Lunatic asylums in Bengal annual reports 1912-1924 - 1912-1924
Year: 1912
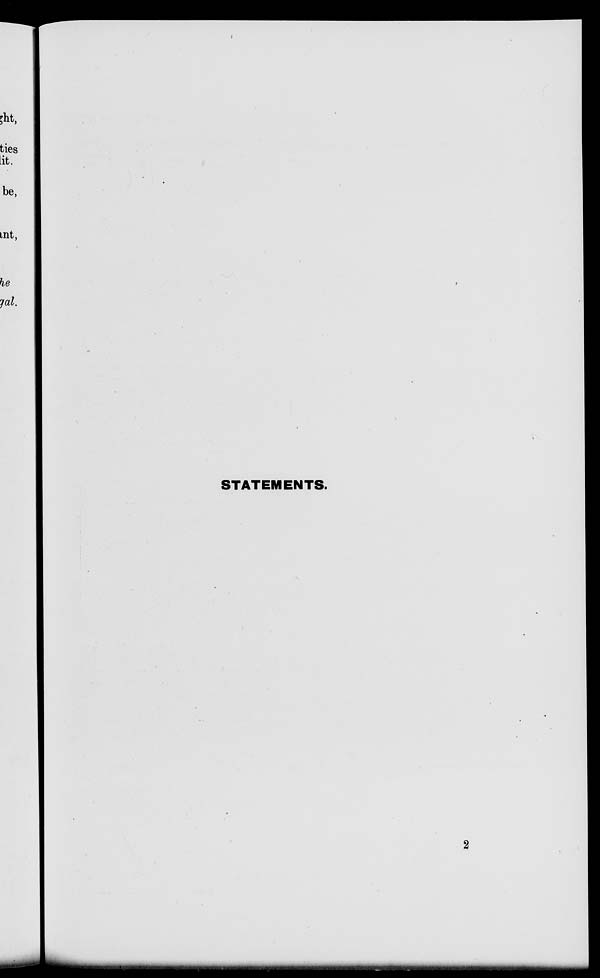
STATEMENTS.
2